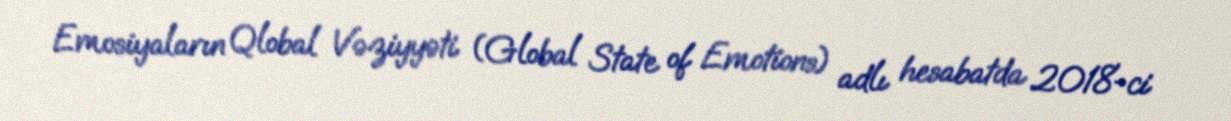
Emosiyaların Qlobal Vəziyyəti (Global State of Emotions) adlı hesabatda 2018-ci